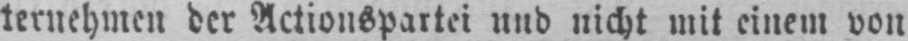
ternehmen der Actionspartei und nicht mit einem von